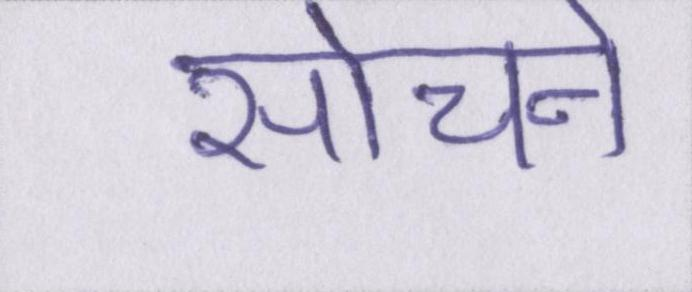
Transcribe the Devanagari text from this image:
सोचने